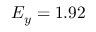
E _ { y } = 1 . 9 2